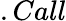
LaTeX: .Call